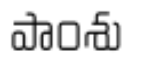
పాంశు